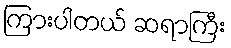
ကြားပါတယ် ဆရာကြီး